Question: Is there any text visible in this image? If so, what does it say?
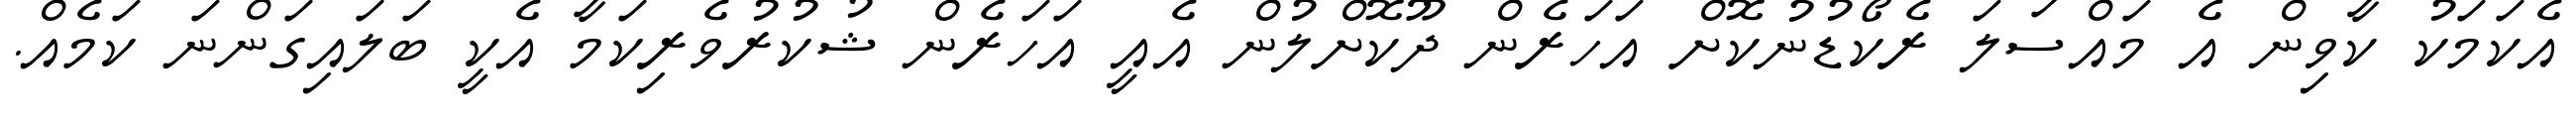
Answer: އެކަމަކު ކާވިން އެ މައްސަލަ ރެކޯޑުނުކޮށް އަހަރެން ދޫކޮށްލުން އެއީ އަހަރެން ޝުކުރުވެރިކަމާ އެކީ ބަލައިގަންނަ ކަމެއް.